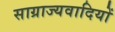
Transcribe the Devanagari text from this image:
साग्राज्यवादियों